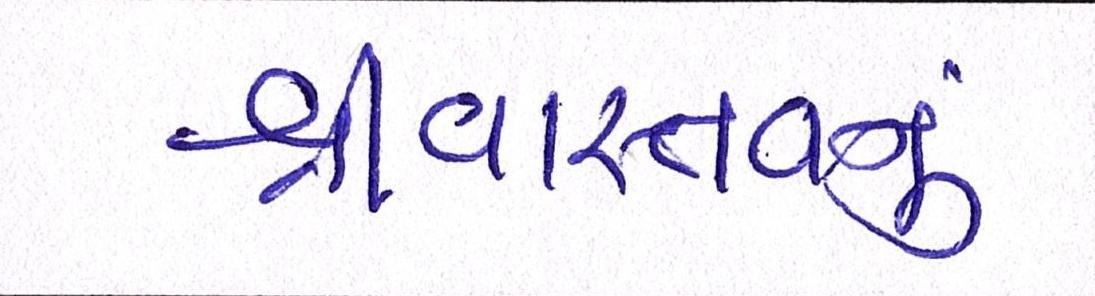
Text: શ્રીવાસ્તવનું